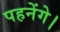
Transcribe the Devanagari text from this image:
पहनेंगे।